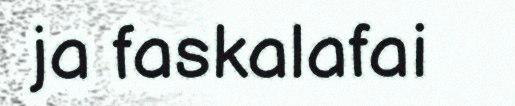
ja faskalafai